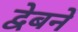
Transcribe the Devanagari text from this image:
द्वेबने